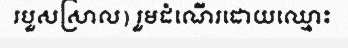
របួសស្រាល) រួមដំណើរដោយឈ្មោះ